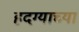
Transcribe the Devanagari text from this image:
हदग्याच्या